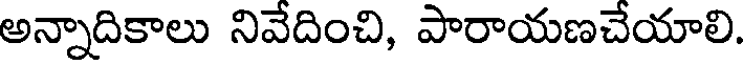
అన్నాదికాలు నివేదించి, పారాయణచేయాలి.